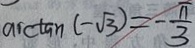
\arctan ( - \sqrt { 3 } ) = - \frac { \pi } { 3 }